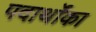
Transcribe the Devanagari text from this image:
पदार्थोंका